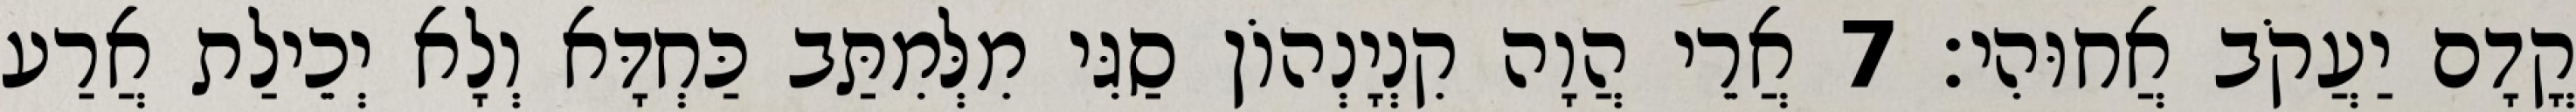
קֳדָם יַעֲקֹב אֲחוּהִי׃ 7 אֲרֵי הֲוָה קִנְיָנְהוֹן סַגִּי מִלְּמִתַּב כַּחְדָּא וְלָא יְכֵילַת אֲרַע